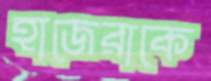
হাজেরাকে